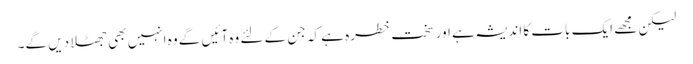
لیکن مجھے ایک بات کا اندیشہ ہے اور سخت خطرہ ہے کہ جن کے لئے وہ آئیں گے وہ انہیں بھی جھٹلا دیں گے۔